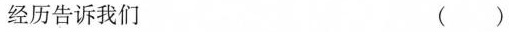
经历告诉我们 ( )